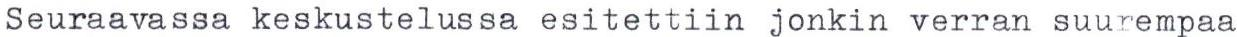
Seuraavassa keskustelussa esitettiin jonkin verran suurempaa